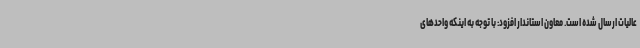
عالیات ارسال شده است. معاون استاندار افزود: با توجه به اینکه واحدهای